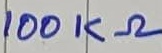
Text: 100KΩ